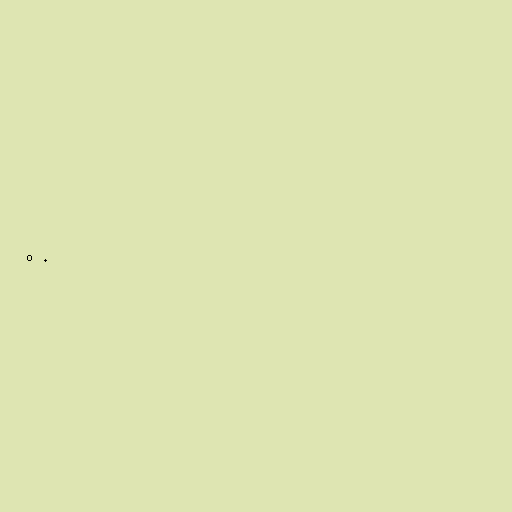
oð.